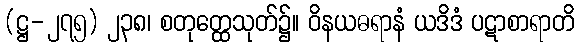
(ဋ္ဌ-၂၇၅) ၂၃၈၊ စတုတ္ထေသုတ်၌။ ဝိနယဓရာနံ ယဒိဒံ ပဋာစာရာတိ